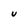
Character: V